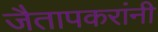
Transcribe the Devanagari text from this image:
जैतापकरांनी